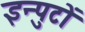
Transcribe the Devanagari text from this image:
इन्पुटों